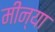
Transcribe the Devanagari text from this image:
मीन्या